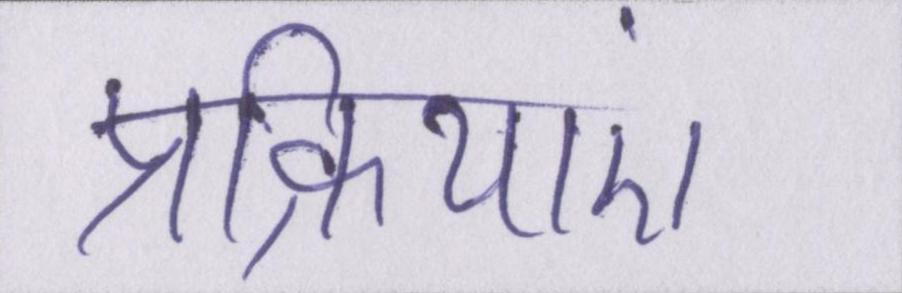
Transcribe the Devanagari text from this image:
प्रक्रियाएं